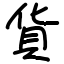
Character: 貨